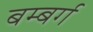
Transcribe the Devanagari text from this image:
बम्बर्ग